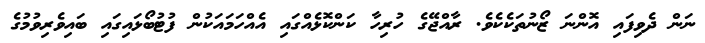
ނަން ދެވިފައި އޮންނަ ޒޯނުތަކެކެވެ. ރާއްޖޭގެ ހުރިހާ ކަންކޮޅެއްގައި އެއްހަމައަކުން ފުޓުބޯޅައިގައި ބައިވެރިވުމުގެ